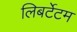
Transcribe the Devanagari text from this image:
लिबर्टेटम